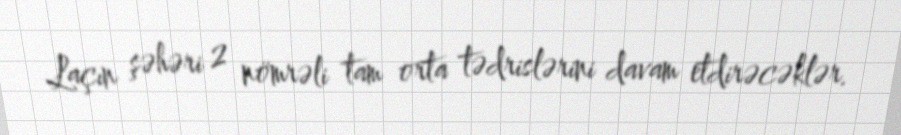
Laçın şəhəri 2 nömrəli tam orta tədrislərini davam etdirəcəklər.